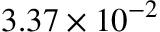
3 . 3 7 \times 1 0 ^ { - 2 }